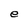
Character: e